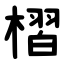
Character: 槢